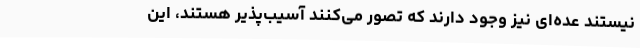
نیستند عده‌ای نیز وجود دارند که تصور می‌کنند آسیب‌پذیر هستند، این